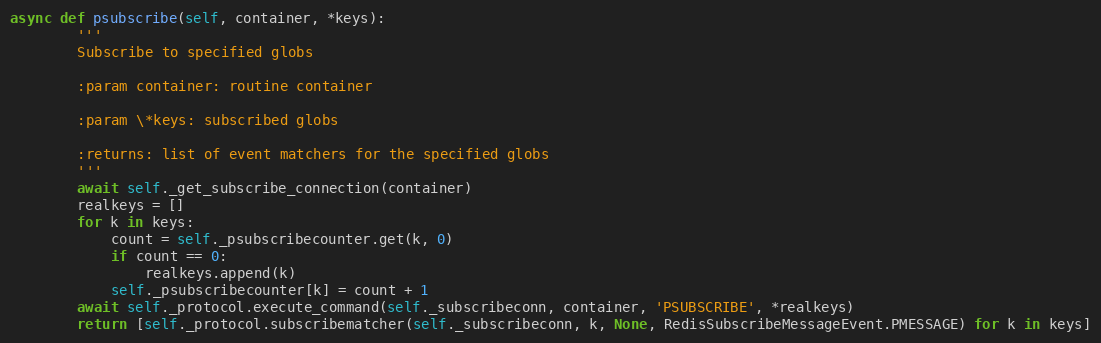
Language: Python
async def psubscribe(self, container, *keys):
        '''
        Subscribe to specified globs

        :param container: routine container

        :param \*keys: subscribed globs

        :returns: list of event matchers for the specified globs
        '''
        await self._get_subscribe_connection(container)
        realkeys = []
        for k in keys:
            count = self._psubscribecounter.get(k, 0)
            if count == 0:
                realkeys.append(k)
            self._psubscribecounter[k] = count + 1
        await self._protocol.execute_command(self._subscribeconn, container, 'PSUBSCRIBE', *realkeys)
        return [self._protocol.subscribematcher(self._subscribeconn, k, None, RedisSubscribeMessageEvent.PMESSAGE) for k in keys]